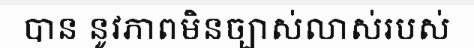
បាន នូវភាពមិនច្បាស់លាស់របស់